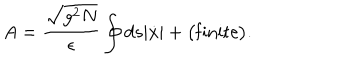
A = \frac { \sqrt { g ^ { 2 } N } } { \epsilon } \oint d s | \dot { x } | + \big ( \mathrm { f i n i t e } \big ) .